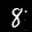
Label: 8